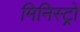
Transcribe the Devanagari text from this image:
मिनिस्ट्रो